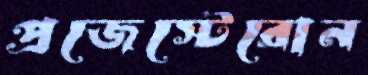
প্রজেস্টেরোন